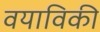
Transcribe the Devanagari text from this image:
वयाविकी